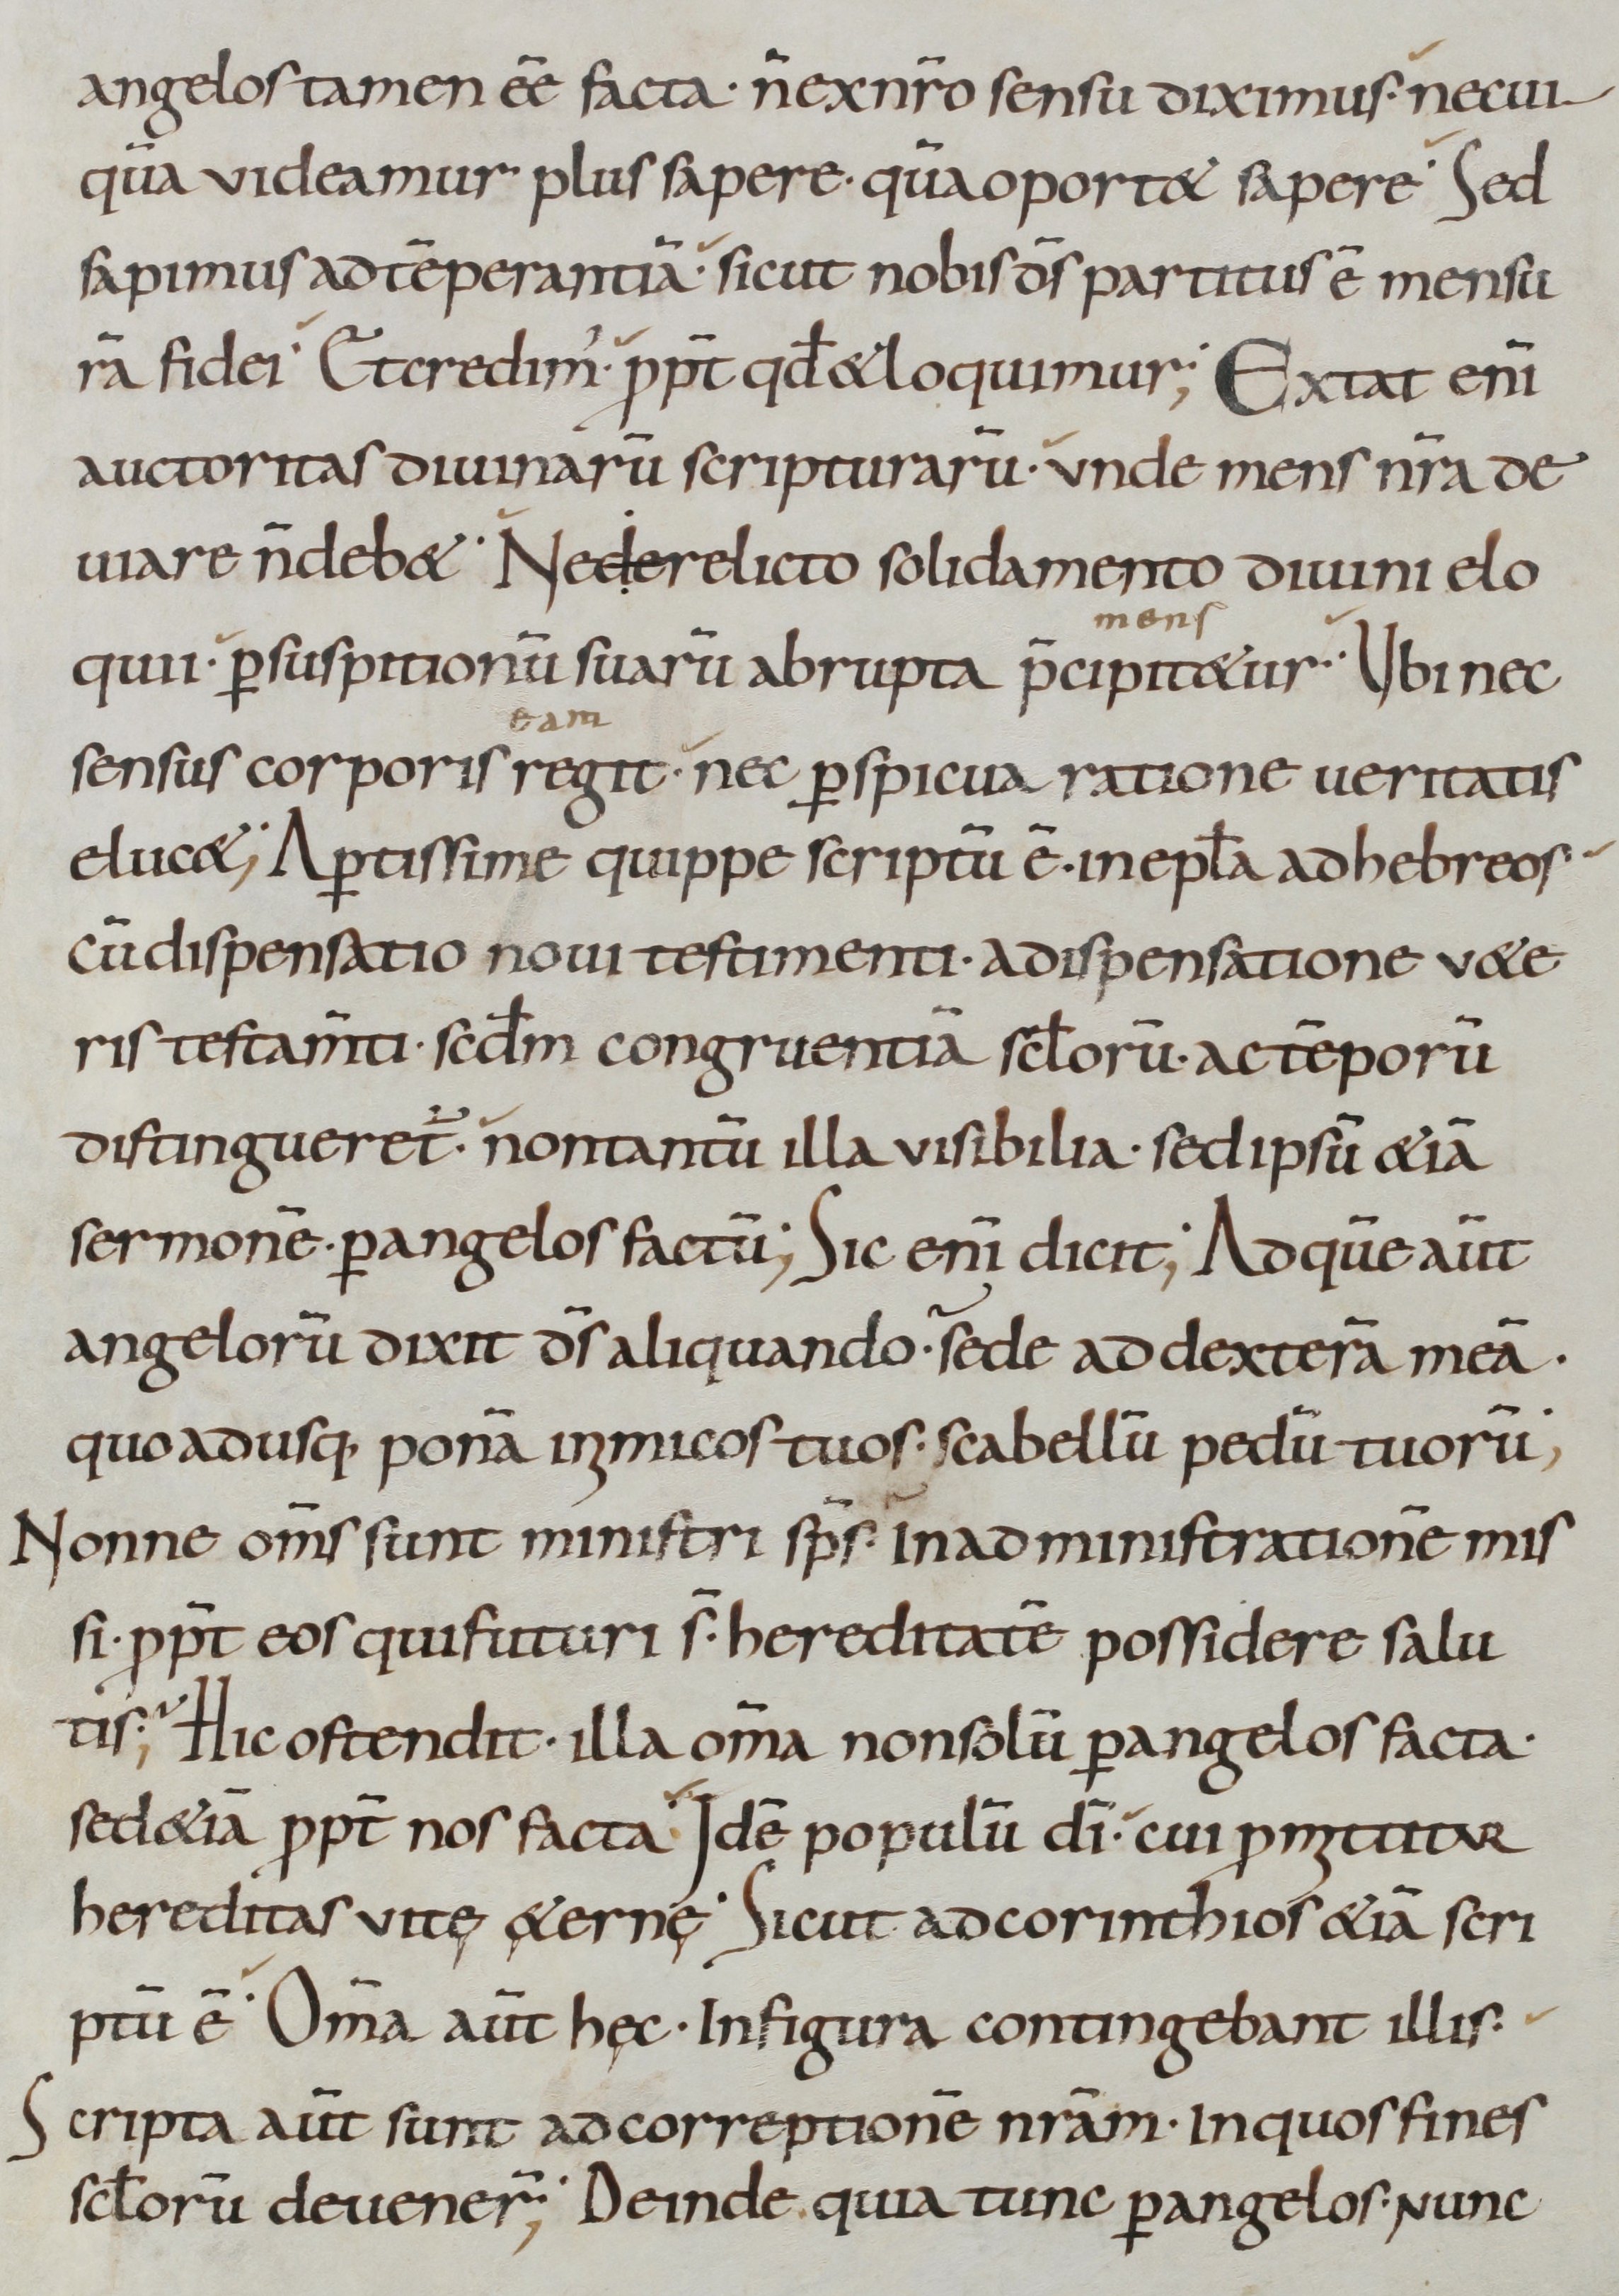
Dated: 800–899